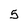
Character: 5